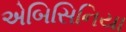
એબિસિનિયા